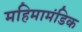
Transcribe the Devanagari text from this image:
महिमामंडिक